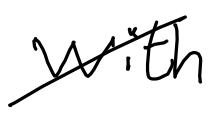
Text: With
Cross-out: mix
Writing tool: digital_black